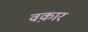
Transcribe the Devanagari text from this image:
वक़ार